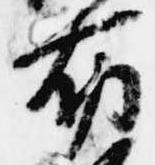
布